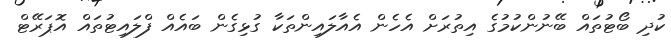
ކުދި ބޯޓުތައް ބޭނުންކުމުގެ އިތުރަށް އެހެން އެއާލައިންތަކާ ގުޅިގެން ބައެއް ފްލައިޓުތައް އޮޕަރޭޓް